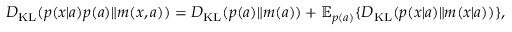
D _ { \mathrm { K L } } ( p ( x | a ) p ( a ) \| m ( x , a ) ) = D _ { \mathrm { K L } } ( p ( a ) \| m ( a ) ) + \mathbb { E } _ { p ( a ) } \{ D _ { \mathrm { K L } } ( p ( x | a ) \| m ( x | a ) ) \} ,